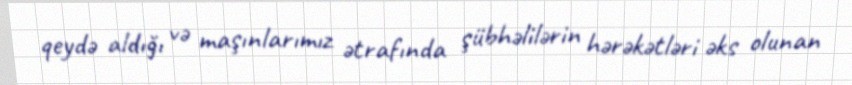
qeydə aldığı və maşınlarımız ətrafında şübhəlilərin hərəkətləri əks olunan